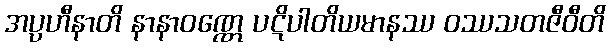
အပ္ပဟီနာတိ နာနာဝဏ္ဏေ ပဋိပါတိယမာနဿ ဝဿသတဇီဝီတိ